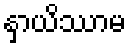
နှာယိဿာမ